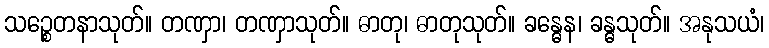
သဉ္စေတနာသုတ်။ တဏှာ၊ တဏှာသုတ်။ ဓာတု၊ ဓာတုသုတ်။ ခန္ဓေန၊ ခန္ဓသုတ်။ အနုသယံ၊